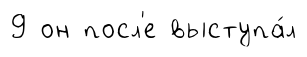
9 он посл'е выступа́л